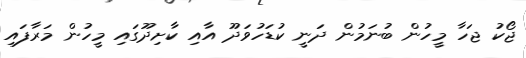
ޖޯކު ޖަހާ މީހުން ބުނަމުން ދަނީ ކުޑަހުވަދޫ އާއި ކާށިދޫގައި މީހުން މަރާފައި